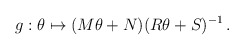
\begin{align*}g: \theta \mapsto (M\theta + N)(R\theta + S)^{-1} \, .\end{align*}